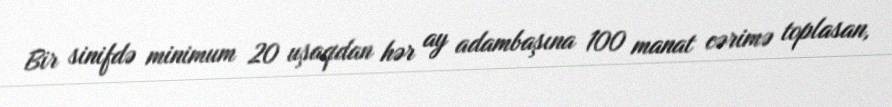
Bir sinifdə minimum 20 uşaqdan hər ay adambaşına 100 manat cərimə toplasan,